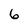
Character: 6